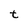
Character: t